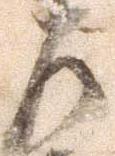
左